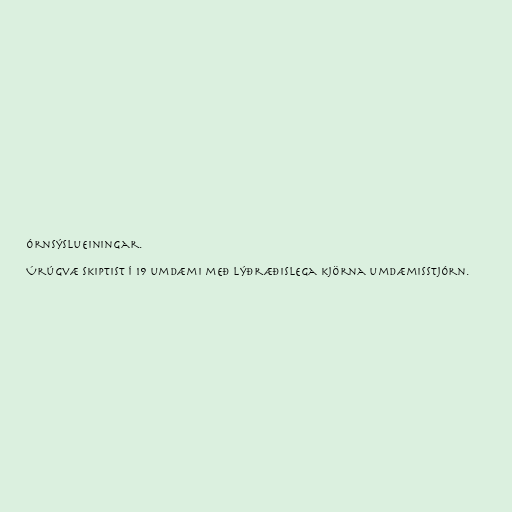
órnsýslueiningar.

Úrúgvæ skiptist í 19 umdæmi með lýðræðislega kjörna umdæmisstjórn.